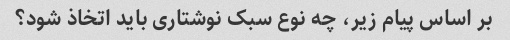
بر اساس پیام زیر، چه نوع سبک نوشتاری باید اتخاذ شود؟